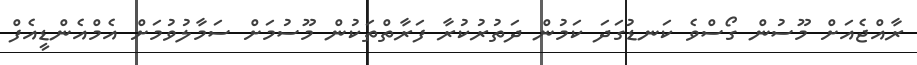
ރާއްޖެއަށް މޫސުން ގޯސްވެ ކަނޑުގަދަ ކަމުން ދަތުރުކުރާ ފަރާތްތަކުން މޫސުމަށް ސަމާލުވުމަށް އެމްއެންޑީއެފް